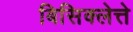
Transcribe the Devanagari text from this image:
बिसिक्लेत्ते